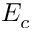
E _ { c }